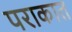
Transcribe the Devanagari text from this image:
पराकात